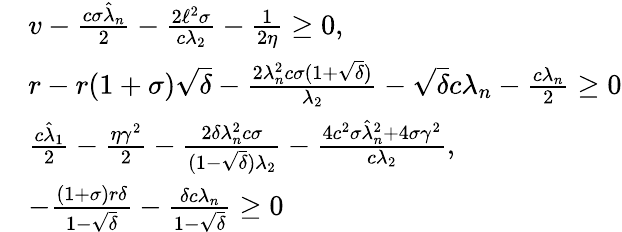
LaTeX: \begin{array}{rl}&{v-\frac{c\sigma\hat{\lambda}_{n}}{2}-\frac{2\ell^{2}\sigma}{c\lambda_{2}}-\frac{1}{2\eta}\geq 0,}\\ &{r-r(1+\sigma)\sqrt{\delta}-\frac{2\lambda_{n}^{2}c\sigma(1+\sqrt{\delta})}{\lambda_{2}}-\sqrt{\delta}c\lambda_{n}-\frac{c\lambda_{n}}{2}\geq 0}\\ &{\frac{c\hat{\lambda}_{1}}{2}-\frac{\eta\gamma^{2}}{2}-\frac{2\delta\lambda_{n}^{2}c\sigma}{(1-\sqrt{\delta})\lambda_{2}}-\frac{4c^{2}\sigma\hat{\lambda}_{n}^{2}+4\sigma\gamma^{2}}{c\lambda_{2}},}\\ &{-\frac{(1+\sigma)r\delta}{1-\sqrt{\delta}}-\frac{\delta c\lambda_{n}}{1-\sqrt{\delta}}\geq 0}\end{array}